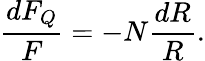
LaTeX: \frac{dF_{Q}}{F}=-N\frac{dR}{R}.